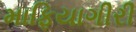
માફિયાગીરી